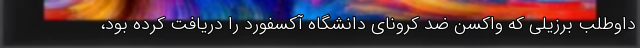
داوطلب برزیلی که واکسن ضد کرونای دانشگاه آکسفورد را دریافت کرده بود،